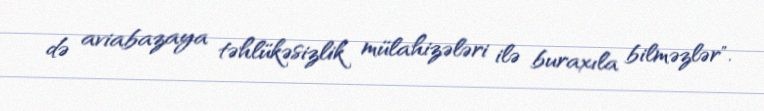
də aviabazaya təhlükəsizlik mülahizələri ilə buraxıla bilməzlər".